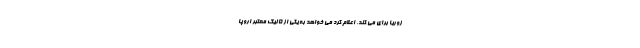
زوریا برای می کند، اعلام کرد می خواهد به یکی از 5 لیگ معتبر اروپا